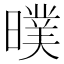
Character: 𣊪